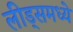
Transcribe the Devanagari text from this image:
लीड्समध्ये